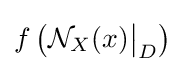
f\left({\mathcal {N}}_{X}(x){\big \vert }_{D}\right)